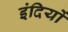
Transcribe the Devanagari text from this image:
इंदियों